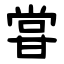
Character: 甞